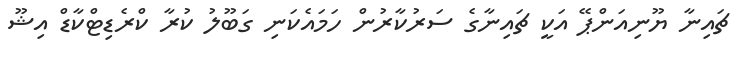
ޗައިނާ ޔޫނިއަންޕޭ އަކީ ޗައިނާގެ ސަރުކާރުން ހަމައެކަނި ގަބޫލު ކުރާ ކްރެޑިޓްކާޑް އިޝޫ